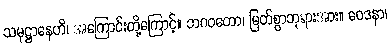
သမုဋ္ဌာနေဟိ၊ အကြောင်းတို့ကြောင့်။ ဘဂဝတော၊ မြတ်စွာဘုရားအား။ ဝေဒနာ၊